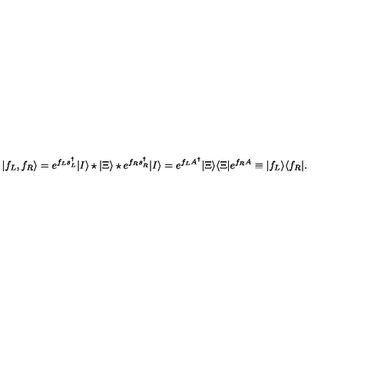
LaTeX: | f _ { L } , f _ { R } \rangle = e ^ { f _ { L } s _ { L } ^ { \dag } } | I \rangle \star | \Xi \rangle \star e ^ { f _ { R } s _ { R } ^ { \dag } } | I \rangle = e ^ { f _ { L } A ^ { \dag } } | \Xi \rangle \langle \Xi | e ^ { f _ { R } A } \equiv | f _ { L } \rangle \langle f _ { R } | .